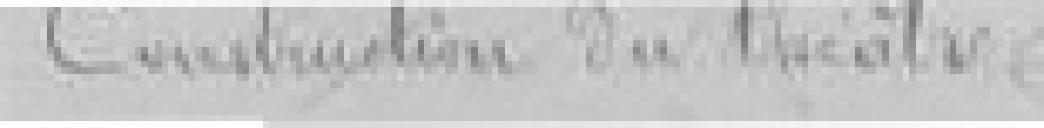
Construction du théâtre